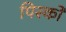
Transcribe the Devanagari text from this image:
पिस्को